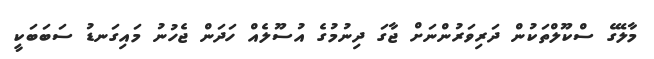
މާލޭގެ ސްކޫލްތަކުން ދަރިވަރުންނަށް ޖާގަ ދިނުމުގެ އުސޫލެއް ހަދަން ޖެހުނު މައިގަނޑު ސަބަބަކީ